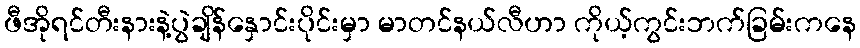
ဖီအိုရင်တီးနားနဲ့ပွဲချိန်နှောင်းပိုင်းမှာ မာတင်နယ်လီဟာ ကိုယ့်ကွင်းဘက်ခြမ်းကနေ